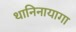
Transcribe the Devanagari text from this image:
थानिनायागा